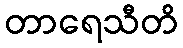
တာရေသီတိ